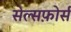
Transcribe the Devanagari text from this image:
सेल्सफ़ोर्स